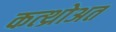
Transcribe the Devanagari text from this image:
कत्थ्रोअत